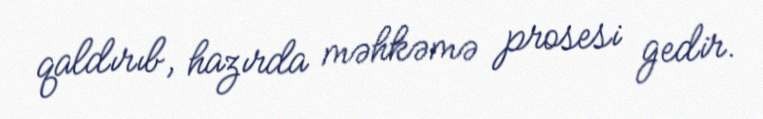
qaldırıb, hazırda məhkəmə prosesi gedir.